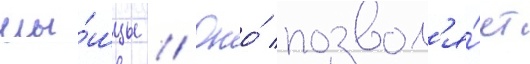
мы́шцы // Оно́ позвол'я́ет